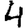
Digit: 4